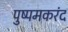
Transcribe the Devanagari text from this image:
पुष्पमकरंद